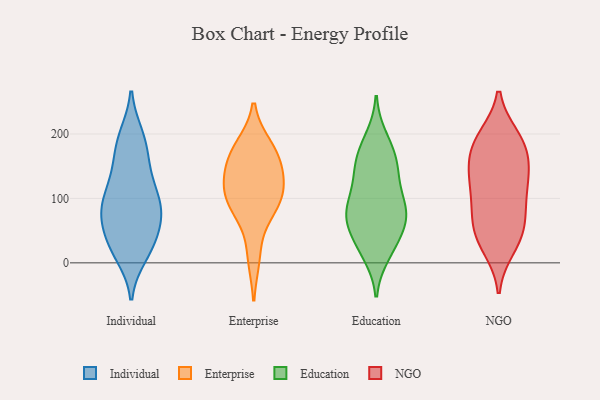
{"axis": {"x": "Revenue (USD Million)", "y": "Value"}, "legend": ["Education", "Enterprise", "Individual", "NGO"], "data": [{"x": "", "y": 62, "type": "Individual"}, {"x": "", "y": 104, "type": "Individual"}, {"x": "", "y": 85, "type": "Individual"}, {"x": "", "y": 79, "type": "Individual"}, {"x": "", "y": 134, "type": "Individual"}, {"x": "", "y": 12, "type": "Individual"}, {"x": "", "y": 195, "type": "Individual"}, {"x": "", "y": 115, "type": "Individual"}, {"x": "", "y": 151, "type": "Individual"}, {"x": "", "y": 93, "type": "Individual"}, {"x": "", "y": 186, "type": "Individual"}, {"x": "", "y": 72, "type": "Individual"}, {"x": "", "y": 159, "type": "Individual"}, {"x": "", "y": 19, "type": "Individual"}, {"x": "", "y": 22, "type": "Individual"}, {"x": "", "y": 27, "type": "Individual"}, {"x": "", "y": 62, "type": "Individual"}, {"x": "", "y": 94, "type": "Individual"}, {"x": "", "y": 42, "type": "Individual"}, {"x": "", "y": 197, "type": "Individual"}, {"x": "", "y": 10, "type": "Enterprise"}, {"x": "", "y": 164, "type": "Enterprise"}, {"x": "", "y": 124, "type": "Enterprise"}, {"x": "", "y": 107, "type": "Enterprise"}, {"x": "", "y": 86, "type": "Enterprise"}, {"x": "", "y": 144, "type": "Enterprise"}, {"x": "", "y": 171, "type": "Enterprise"}, {"x": "", "y": 179, "type": "Enterprise"}, {"x": "", "y": 83, "type": "Enterprise"}, {"x": "", "y": 108, "type": "Enterprise"}, {"x": "", "y": 56, "type": "Education"}, {"x": "", "y": 63, "type": "Education"}, {"x": "", "y": 95, "type": "Education"}, {"x": "", "y": 25, "type": "Education"}, {"x": "", "y": 14, "type": "Education"}, {"x": "", "y": 27, "type": "Education"}, {"x": "", "y": 141, "type": "Education"}, {"x": "", "y": 69, "type": "Education"}, {"x": "", "y": 103, "type": "Education"}, {"x": "", "y": 87, "type": "Education"}, {"x": "", "y": 148, "type": "Education"}, {"x": "", "y": 178, "type": "Education"}, {"x": "", "y": 163, "type": "Education"}, {"x": "", "y": 141, "type": "Education"}, {"x": "", "y": 193, "type": "Education"}, {"x": "", "y": 81, "type": "Education"}, {"x": "", "y": 70, "type": "Education"}, {"x": "", "y": 195, "type": "NGO"}, {"x": "", "y": 71, "type": "NGO"}, {"x": "", "y": 150, "type": "NGO"}, {"x": "", "y": 163, "type": "NGO"}, {"x": "", "y": 50, "type": "NGO"}, {"x": "", "y": 93, "type": "NGO"}, {"x": "", "y": 135, "type": "NGO"}, {"x": "", "y": 46, "type": "NGO"}, {"x": "", "y": 189, "type": "NGO"}, {"x": "", "y": 180, "type": "NGO"}, {"x": "", "y": 193, "type": "NGO"}, {"x": "", "y": 31, "type": "NGO"}, {"x": "", "y": 24, "type": "NGO"}, {"x": "", "y": 71, "type": "NGO"}, {"x": "", "y": 117, "type": "NGO"}, {"x": "", "y": 138, "type": "NGO"}, {"x": "", "y": 113, "type": "NGO"}]}